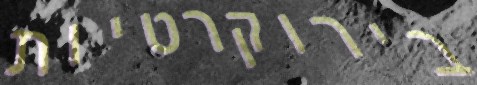
בירוקרטיות